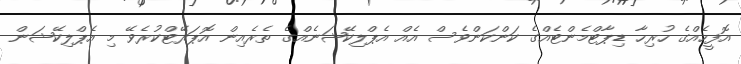
އޮފީހެއްގެ ހުރިހާ ޑިޕާޓްމެންޓެއްގެ ކަންކަންވެސް އެއް އެޕްލިކޭޝަނެއްގެ ތެރެއިން އޮޕަރޭޓްކުރެވޭ މި އެޕްލިކޭޝަން